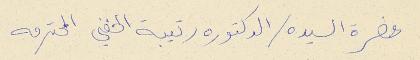
حضرة السيده / الدكتوره رتيبة الحنفي المحترمه